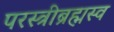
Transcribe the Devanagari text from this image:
परस्त्रीब्रह्मस्व